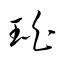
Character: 珀